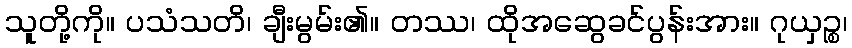
သူတို့ကို။ ပသံသတိ၊ ချီးမွမ်း၏။ တဿ၊ ထိုအဆွေခင်ပွန်းအား။ ဂုယှဉ္စ၊